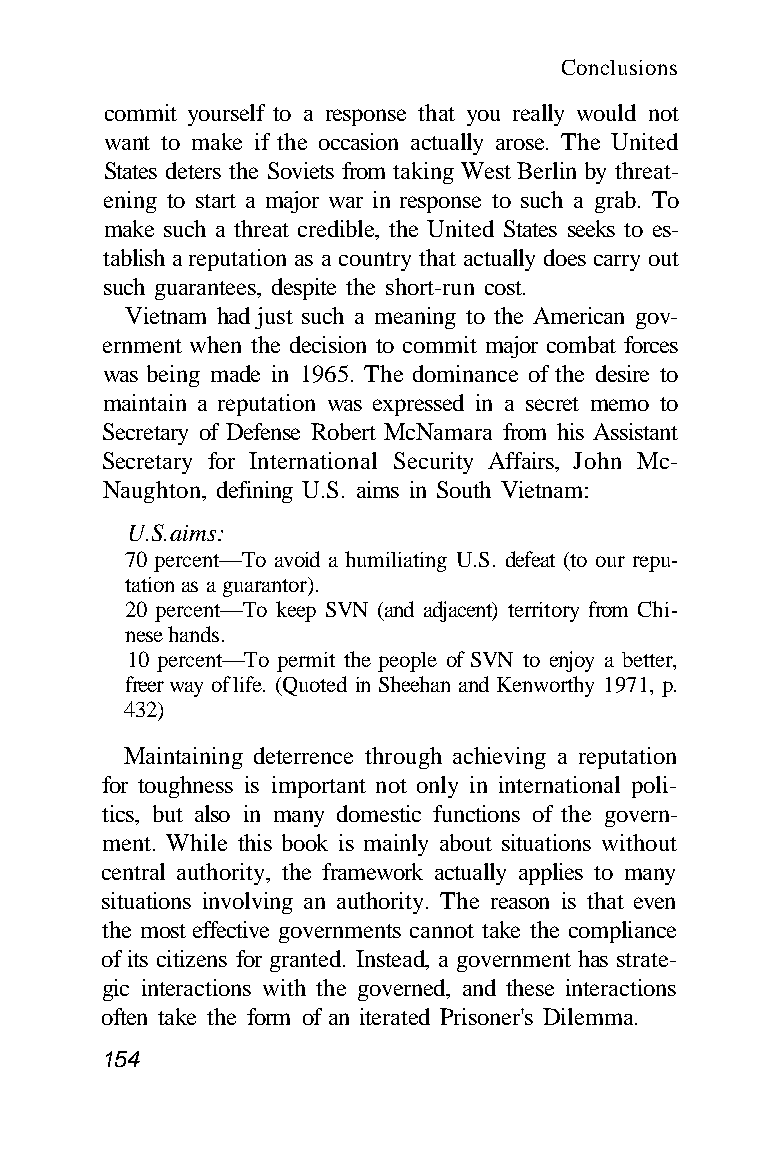
Conclusions
 commit yourself to a response that you really would not
 want to make if the occasion actually arose. The United
 States deters the Soviets from taking West Berlin by threat-
 ening to start a major war in response to such a grab. To
 make such a threat credible, the United States seeks to es-
 tablish a reputation as a country that actually does carry out
 such guarantees, despite the short-run cost.
 Vietnam had just such a meaning to the American gov-
 ernment when the decision to commit major combat forces
 was being made in 1965. The dominance of the desire to
 maintain a reputation was expressed in a secret memo to
 Secretary of Defense Robert McNamara from his Assistant
 Secretary for International Security Affairs, John Mc-
 Naughton, defining U.S. aims in South Vietnam:
 U.S. aims:
 70 percent—To avoid a humiliating U.S. defeat (to our repu-
 tation as a guarantor).
 20 percent—To keep SVN (and adjacent) territory from Chi-
 nese hands.
 10 percent—To permit the people of SVN to enjoy a better,
 freer way of life. (Quoted in Sheehan and Kenworthy 1971, p.
 432)
 Maintaining deterrence through achieving a reputation
 for toughness is important not only in international poli-
 tics, but also in many domestic functions of the govern-
 ment. While this book is mainly about situations without
 central authority, the framework actually applies to many
 situations involving an authority. The reason is that even
 the most effective governments cannot take the compliance
 of its citizens for granted. Instead, a government has strate-
 gic interactions with the governed, and these interactions
 often take the form of an iterated Prisoner's Dilemma.
 154